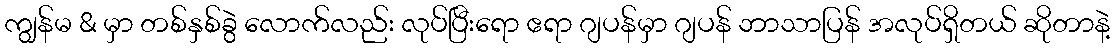
ကျွန်မ & မှာ တစ်နှစ်ခွဲ လောက်လည်း လုပ်ပြီးရော ဧရာ ဂျပန်မှာ ဂျပန် ဘာသာပြန် အလုပ်ရှိတယ် ဆိုတာနဲ့